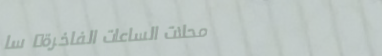
محلات الساعات الفاخرة: سا